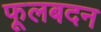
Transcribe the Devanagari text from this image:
फूलबदन